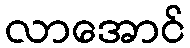
လာအောင်